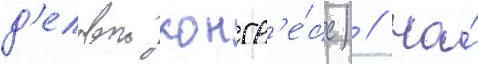
д'еловои конгр'е́сс) // На́